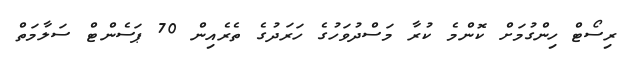
ރިސޯޓް ހިންގުމަށް ކޮންމެ ކުރާ މަސްދުވަހުގެ ހަރަދުގެ ތެރެއިން 70 ޕަސެންޓް ސަލާމަތް